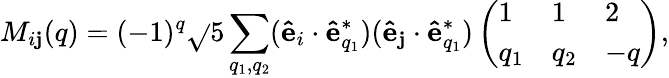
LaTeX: M_{i\mathbf{j}}(q)=(-1)^{q}\sqrt{}{{5}}\sum_{q_{1},q_{2}}(\mathbf{{\hat{{e}}}}_{i}\cdot\mathbf{{\hat{{e}}}}_{q_{1}}^{*})(\mathbf{{\hat{{e}}}}_{\mathbf{j}}\cdot\mathbf{{\hat{{e}}}}_{q_{1}}^{*})\left(\begin{array}{lll}{1}&{1}&{2}\\ {q_{1}}&{q_{2}}&{-q}\end{array}\right),